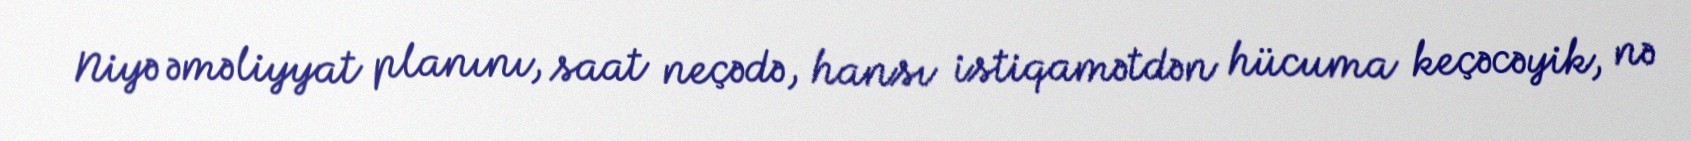
Niyə əməliyyat planını, saat neçədə, hansı istiqamətdən hücuma keçəcəyik, nə